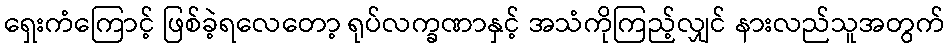
ရှေးကံကြောင့် ဖြစ်ခဲ့ရလေတော့ ရုပ်လက္ခဏာနှင့် အသံကိုကြည့်လျှင် နားလည်သူအတွက်